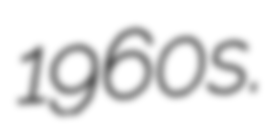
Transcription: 1960s.